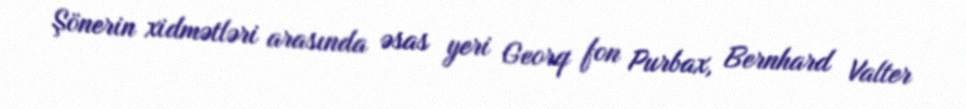
Şönerin xidmətləri arasında əsas yeri Georq fon Purbax, Bernhard Valter